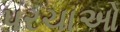
પરચાઓ